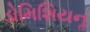
ડોમિશિયનૢ